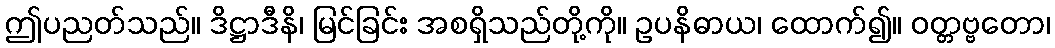
ဤပညတ်သည်။ ဒိဋ္ဌာဒီနိ၊ မြင်ခြင်း အစရှိသည်တို့ကို။ ဥပနိဓာယ၊ ထောက်၍။ ဝတ္တဗ္ဗတော၊